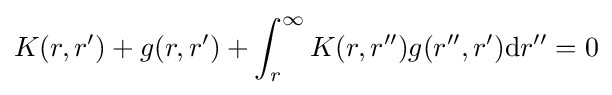
K(r,r^{\prime })+g(r,r^{\prime })+\int _{r}^{\infty }K(r,r^{\prime \prime })g(r^{\prime \prime },r^{\prime })\mathrm {d} r^{\prime \prime }=0